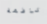
تافهة